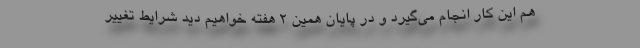
هم این کار انجام می‌گیرد و در پایان همین 2 هفته خواهیم دید شرایط تغییر